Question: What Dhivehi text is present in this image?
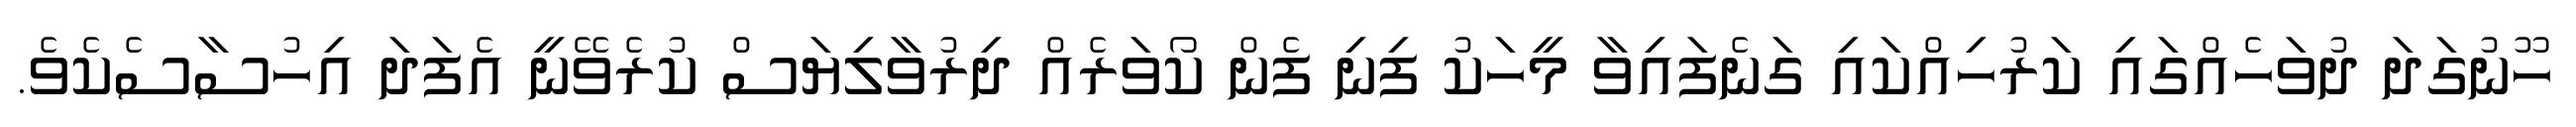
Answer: ހޫނުގަދަ ދުވަހެއްގައި ކަރުހިއްކައި ގަނެފައިވާ މީހަކު ފިނި ފެން ކޯވަރެއް ދިރުވާލިޔަސް ކުރެވޭނީ އެފަދަ އިހުސާސެކެވެ.